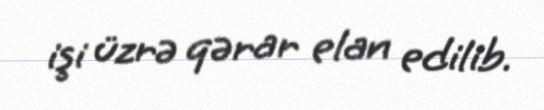
işi üzrə qərar elan edilib.